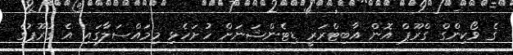
ގެ ވޯކިންގް ގްރޫޕް އޮން އާބިޓްރަރީ ޑިޓެންޝަނަށް ހުށަހެޅި މިމައްސަލާގައި އެ ގުރޫޕުގެ